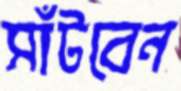
সাঁটবেন